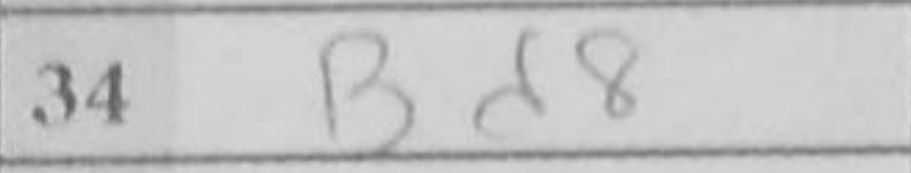
Transcription: Bd8